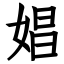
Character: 娼